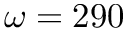
\omega = 2 9 0